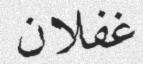
غفلان